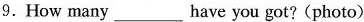
9. How many___have you got?(photo)